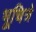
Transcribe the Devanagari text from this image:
भूचित्रे